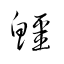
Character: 鱷